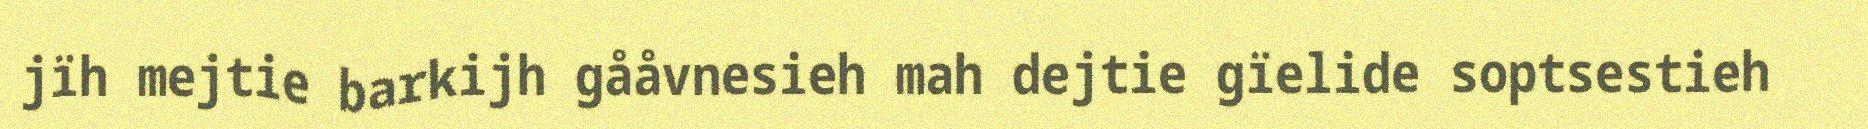
jïh mejtie barkijh gååvnesieh mah dejtie gïelide soptsestieh